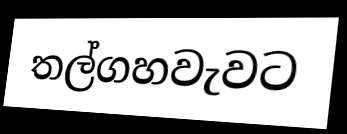
තල්ගහවැවට